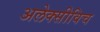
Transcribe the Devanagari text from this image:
अलेक्सीविच